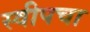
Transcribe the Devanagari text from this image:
स्वीपचा